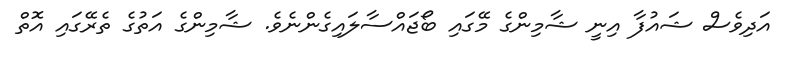
އަދިވެސް ޝައުފާ އިނީ ޝާމިންގެ މޭގައި ބޯޖައްސާލައިގެންނެވެ. ޝާމިންގެ އަތުގެ ތެރޭގައި އޮތް